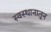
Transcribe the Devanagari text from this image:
स्वस्थानातून